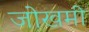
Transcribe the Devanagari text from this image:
जोखमी